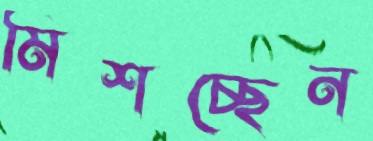
মিশচ্ছেন